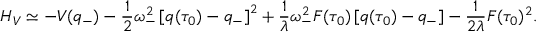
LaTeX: H _ { V } \simeq - V ( q _ { - } ) - { \frac { 1 } { 2 } } \omega _ { - } ^ { 2 } \left[ q ( \tau _ { 0 } ) - q _ { - } \right] ^ { 2 } + { \frac { 1 } { \lambda } } \omega _ { - } ^ { 2 } F ( \tau _ { 0 } ) \left[ q ( \tau _ { 0 } ) - q _ { - } \right] - { \frac { 1 } { 2 \lambda } } F ( \tau _ { 0 } ) ^ { 2 } .